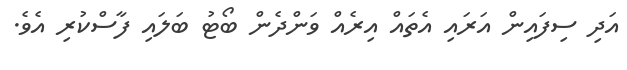
އަދި ސިފައިން އަރައި އެތައް އިރެއް ވަންދެން ބޯޓު ބަލައި ފާސްކުރި އެވެ.